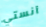
آنستي